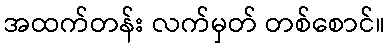
အထက်တန်း လက်မှတ် တစ်စောင်။